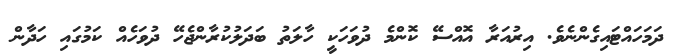
ދަމަހައްޓައިގެންނެވެ. އިރުއަރާ އޮއްސޭ ކޮންމެ ދުވަހަކީ ހާލަތު ބަދަލުކުރާންޖެހޭ ދުވަހެއް ކަމުގައި ހަދާން